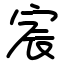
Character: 宸